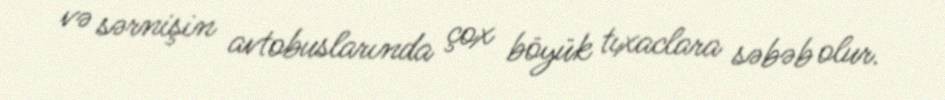
və sərnişin avtobuslarında çox böyük tıxaclara səbəb olur.